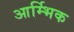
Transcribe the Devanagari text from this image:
आर्म्भिक